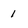
Character: 1